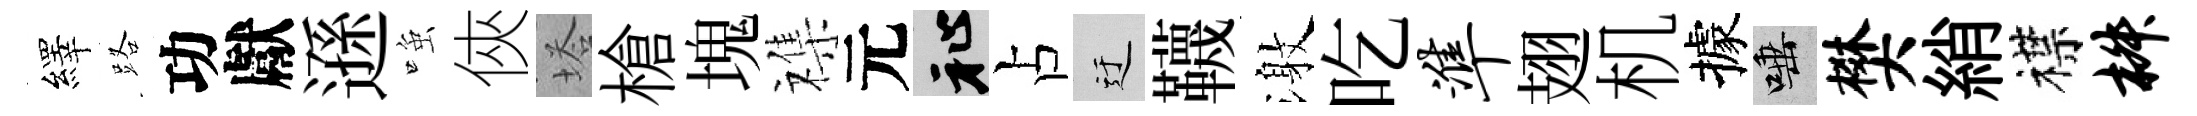
繹路功獻遜𫪻俠塔槍塊襍元祉占迂韈激吃准翅机據唾樊綃襟椒